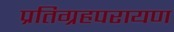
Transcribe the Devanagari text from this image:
प्रतिग्रहपरायण